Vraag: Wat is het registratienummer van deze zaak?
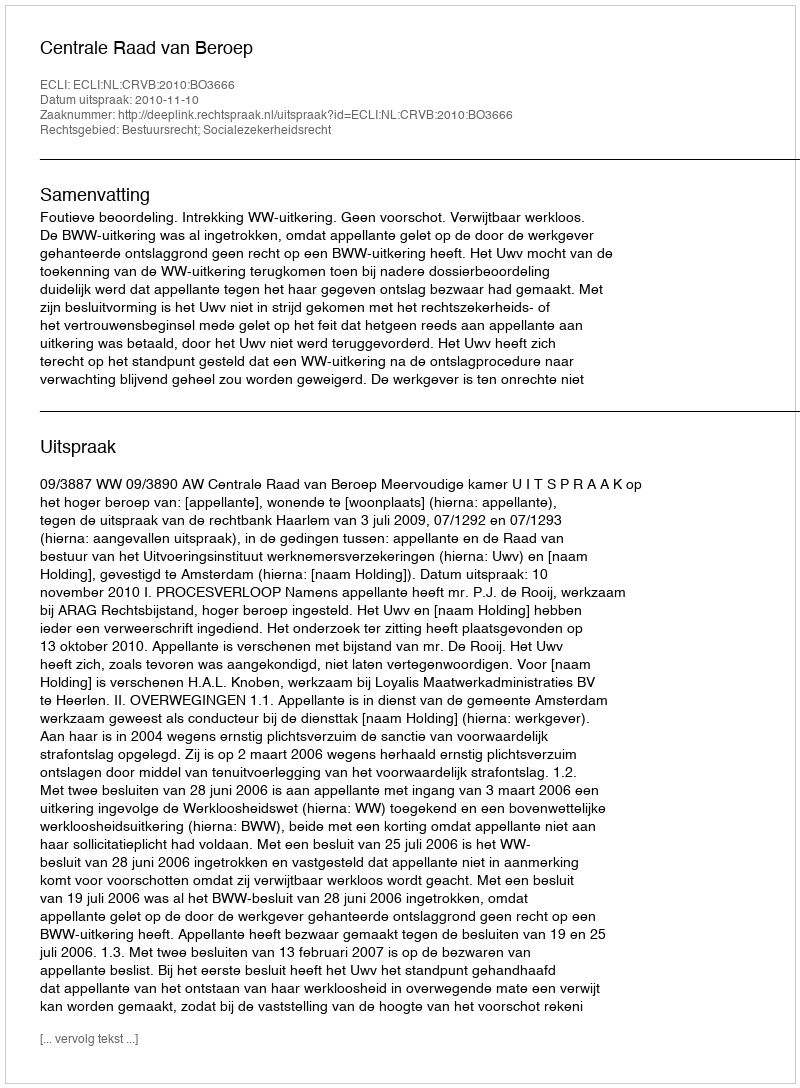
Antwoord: http://deeplink.rechtspraak.nl/uitspraak?id=ECLI:NL:CRVB:2010:BO3666